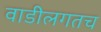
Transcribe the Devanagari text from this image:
वाडीलगतच